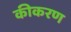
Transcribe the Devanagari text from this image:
कीकरण